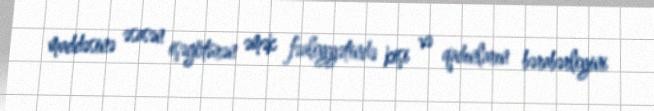
maddəsinə əsasən işəgötürən əmək fəaliyyətində kişi və qadınların bərabərliyini